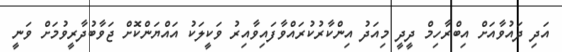
އަދި ދައުވާއަށް އިބްރާހިމް ދީދީ މިއަދު އިންކާރުކުރައްވާފައިވާއިރު ވަކީލަކު އައްޔަންކޮށް ޖަވާބުދާރީވުމަށް ވަނީ